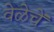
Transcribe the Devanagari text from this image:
वेळेचें